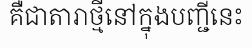
គឺជាតារាថ្មីនៅក្នុងបញ្ជីនេះ